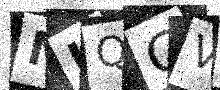
Text: MKQGVO